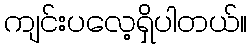
ကျင်းပလေ့ရှိပါတယ်။